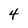
Character: 4